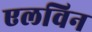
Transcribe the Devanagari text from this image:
एलविन